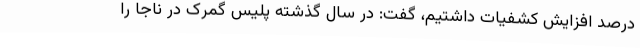
درصد افزایش کشفیات داشتیم، گفت: در سال گذشته پلیس گمرک در ناجا را